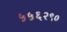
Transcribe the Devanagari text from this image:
५५६२९०